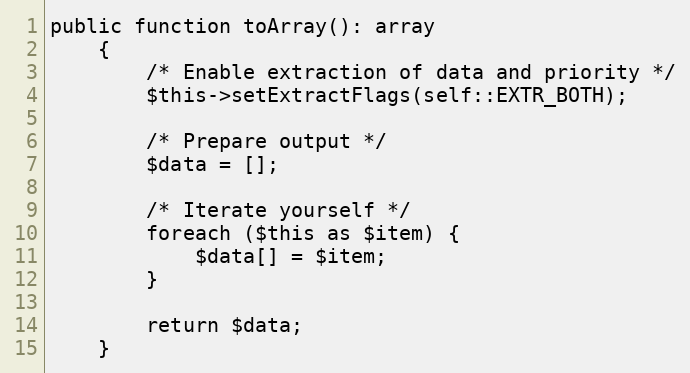
Language: PHP
public function toArray(): array
    {
        /* Enable extraction of data and priority */
        $this->setExtractFlags(self::EXTR_BOTH);

        /* Prepare output */
        $data = [];

        /* Iterate yourself */
        foreach ($this as $item) {
            $data[] = $item;
        }

        return $data;
    }